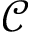
\mathcal { C }